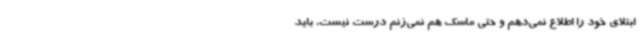
ابتلای خود را اطلاع نمی‌دهم و حتی ماسک هم نمی‌زنم درست نیست. باید